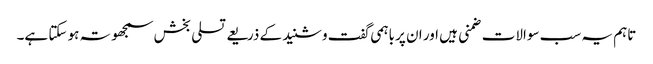
تاہم یہ سب سوالات ضمنی ہیں اور ان پر باہمی گفت وشنید کے ذریعے تسلی بخش سمجھوتہ ہو سکتا ہے۔